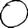
Digit: 0